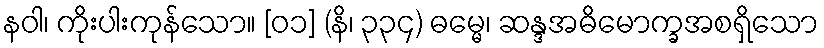
နဝါ၊ ကိုးပါးကုန်သော။ [၀၁] (နိ၊ ၃၃၄) ဓမ္မေ၊ ဆန္ဒအဓိမောက္ခအစရှိသော